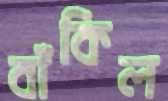
বাঁকিল